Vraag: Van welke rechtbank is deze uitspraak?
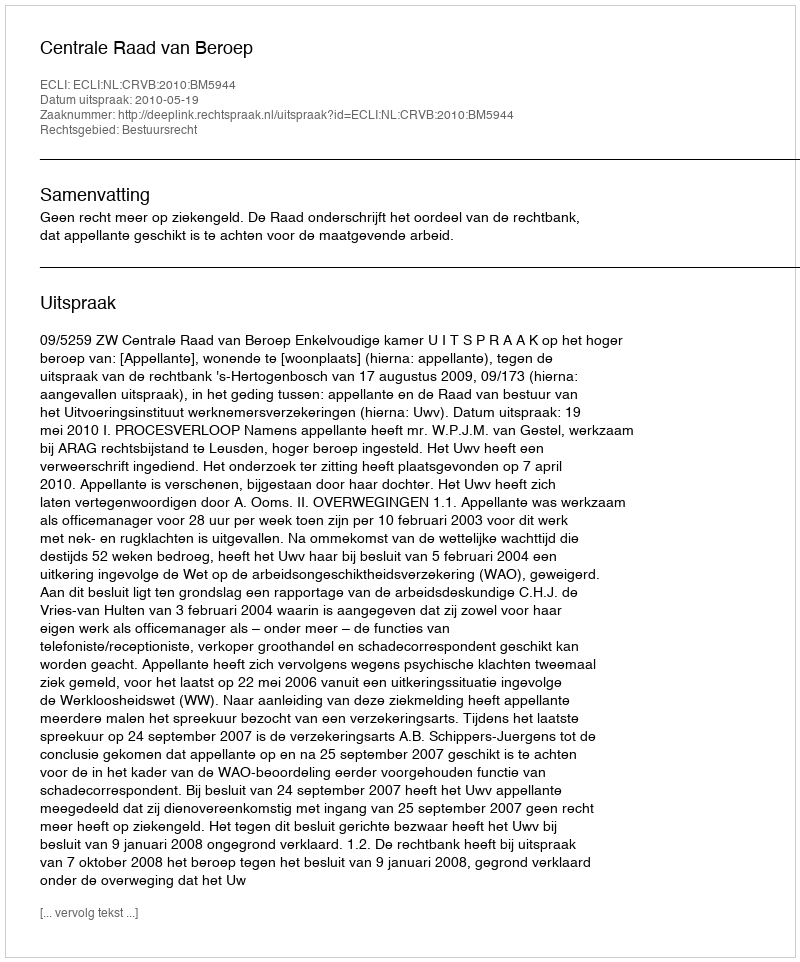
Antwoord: Centrale Raad van Beroep